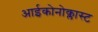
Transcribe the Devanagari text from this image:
आईकोनोक्लास्ट